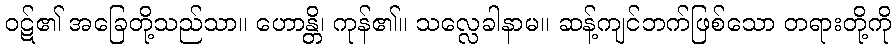
ဝဋ်၏ အခြေတို့သည်သာ။ ဟောန္တိ၊ ကုန်၏။ သလ္လေခါနာမ။ ဆန့်ကျင်ဘက်ဖြစ်သော တရားတို့ကို